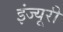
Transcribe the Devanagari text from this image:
इंज्यूरी